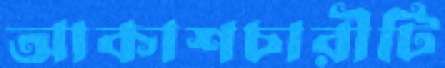
আকাশচারীটি